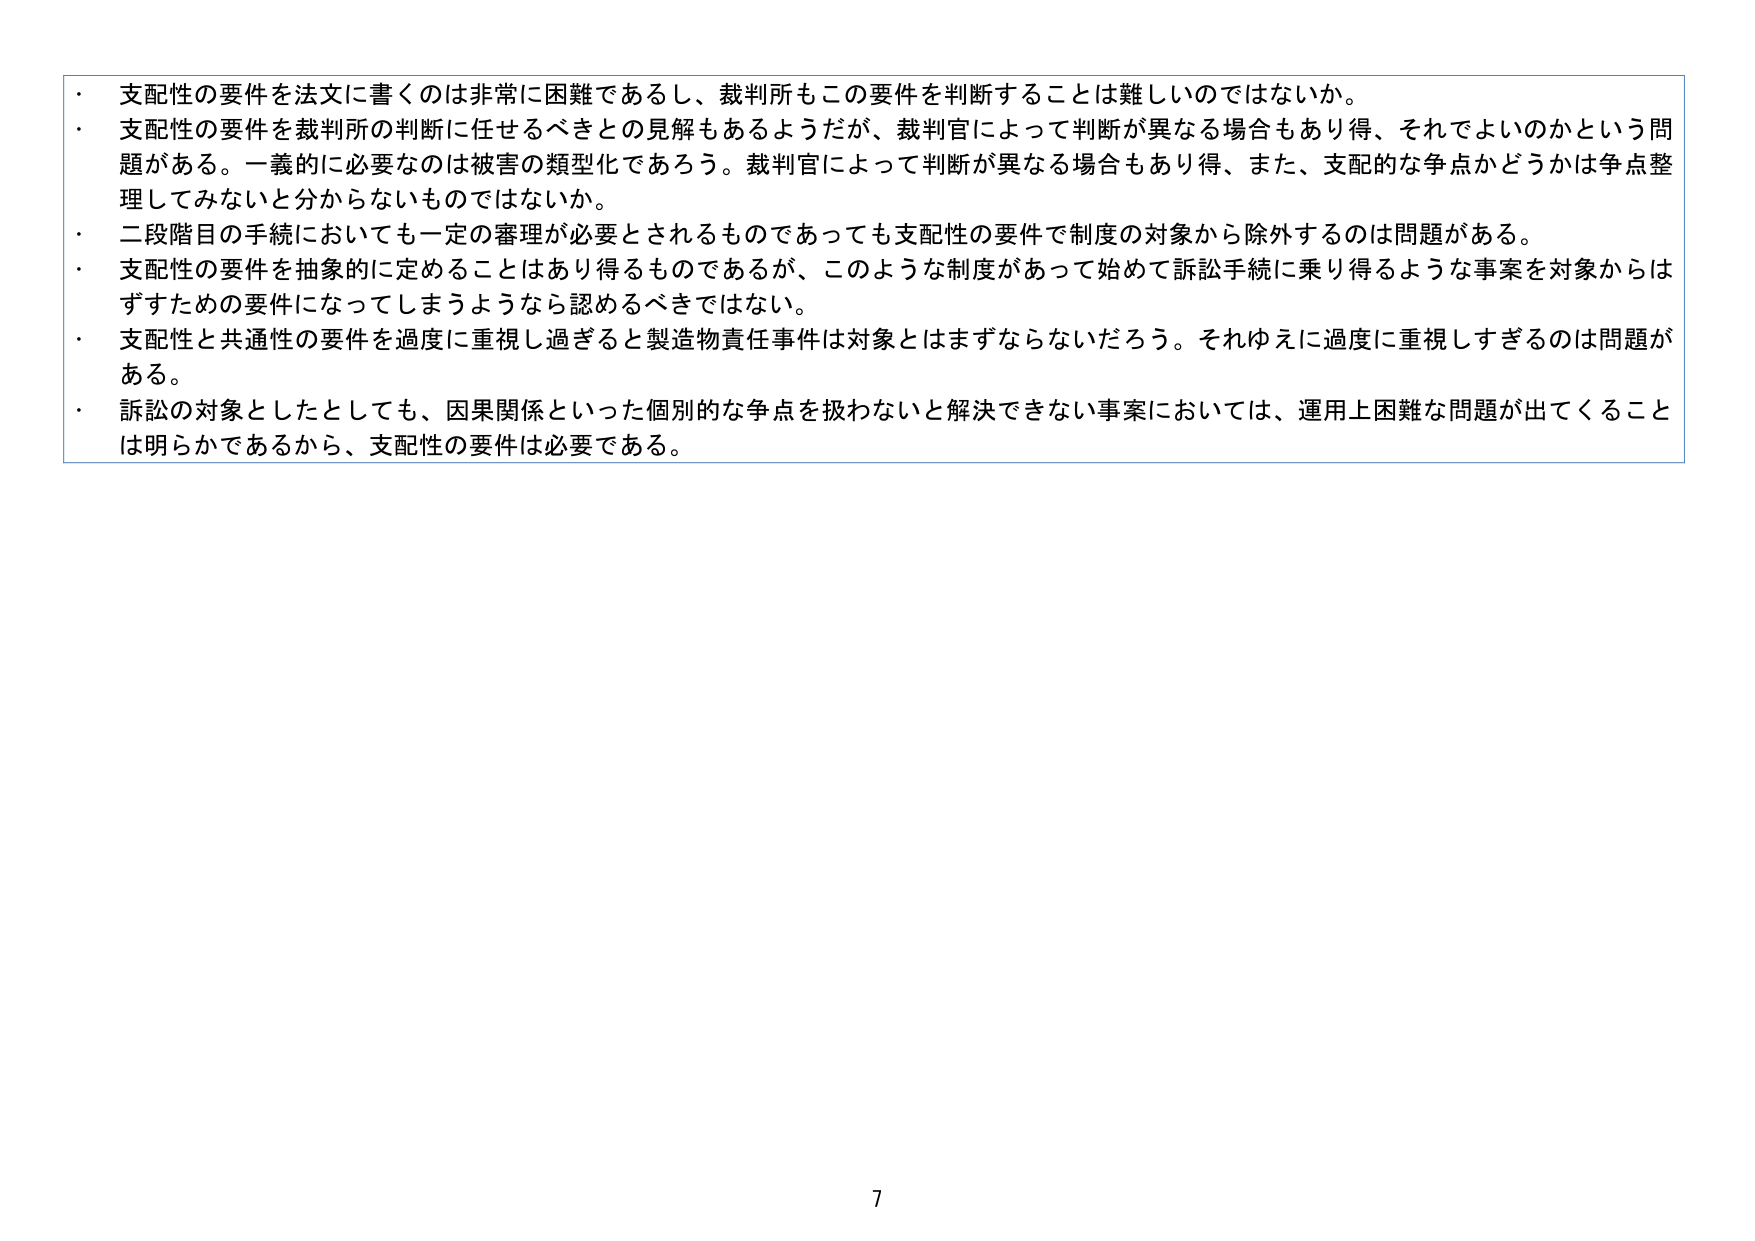
・支配性の要件を法文に書くのは非常に困難であるし、裁判所もこの要件を判断することは難しいのではないか。
・支配性の要件を裁判所の判断に任せるべきとの見解もあるようだが、裁判官によって判断が異なる場合もあり得、それでよいのかという問題がある。一義的に必要なのは被害の類型化であろう。裁判官によって判断が異なる場合もあり得、また、支配的な争点かどうかは争点整理してみないと分からないものではないか。
・二段階目の手続においても一定の審理が必要とされるものであっても支配性の要件で制度の対象から除外するのは問題がある。
・支配性の要件を抽象的に定めることはあり得るものであるが、このような制度があって始めて訴訟手続に乗り得るような事案を対象からはずすための要件になってしまうようなら認めるべきではない。
・支配性と共通性の要件を過度に重視し過ぎると製造物責任事件は対象とはまずならないだろう。それゆえに過度に重視しすぎるのは問題がある。
・訴訟の対象としたとしても、因果関係といった個別的な争点を扱わないと解決できない事案においては、運用上困難な問題が出てくることは明らかであるから、支配性の要件は必要である。

7